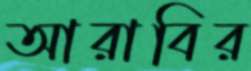
আরাবির